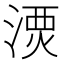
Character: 𣺗